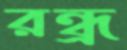
রন্ধ্র